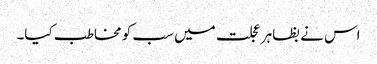
اس نے بظاہر عجلت میں سب کو مخاطب کیا۔